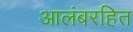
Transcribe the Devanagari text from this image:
आलंबरहित